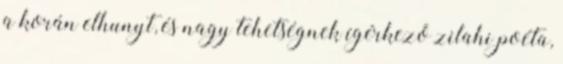
a korán elhunyt, és nagy tehetségnek ígérkező zilahi poéta,